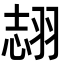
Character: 𦐼